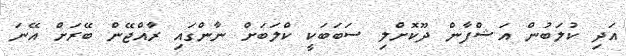
އަދި ކުލަބުން އަޝްފާން ދޫކޮށްލި ސަބަބަކީ ކްލަބަށް ނާންގައި ރާއްޖޭން ބޭރަށް އޭނަ